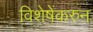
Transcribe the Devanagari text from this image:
विशेषेंकरुन